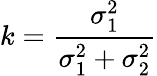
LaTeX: k=\frac{\sigma_{1}^{2}}{\sigma_{1}^{2}+\sigma_{2}^{2}}